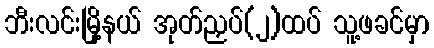
ဘီးလင်းမြို့နယ် အုတ်ညှပ်(၂)ထပ် သူ့ဖခင်မှာ